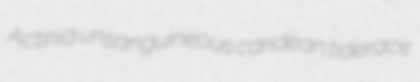
Actinia unsanguineous caridean tiderace